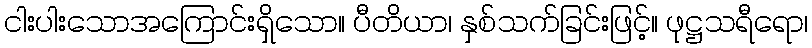
ငါးပါးသောအကြောင်းရှိသော။ ပီတိယာ၊ နှစ်သက်ခြင်းဖြင့်။ ဖုဋ္ဌသရီရော၊